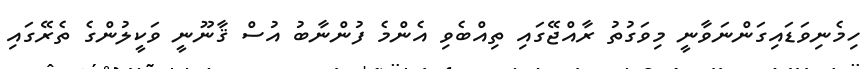
ހިމެނިވަޑައިގަންނަވާނީ މިވަގުތު ރާއްޖޭގައި ތިއްބެވި އެންމެ ފުންނާބު އުސް ޤާނޫނީ ވަކީލުންގެ ތެރޭގައި